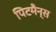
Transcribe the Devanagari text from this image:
पिटमैन्स